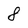
Character: 8